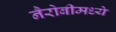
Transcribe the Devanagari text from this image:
नैरोबीमध्ये